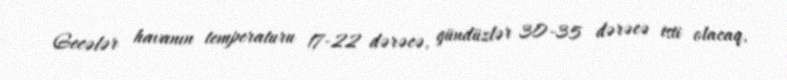
Gecələr havanın temperaturu 17-22 dərəcə, gündüzlər 30-35 dərəcə isti olacaq,